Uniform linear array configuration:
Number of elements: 16
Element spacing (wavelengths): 0.5
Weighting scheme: kaiser
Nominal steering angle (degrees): -45
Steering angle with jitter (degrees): -46.67
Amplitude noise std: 0.05
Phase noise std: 0.05

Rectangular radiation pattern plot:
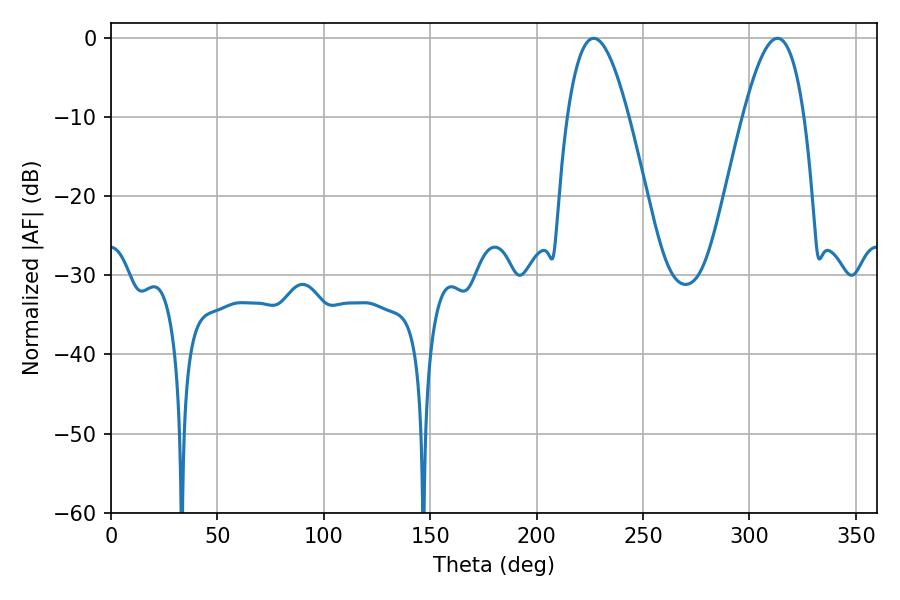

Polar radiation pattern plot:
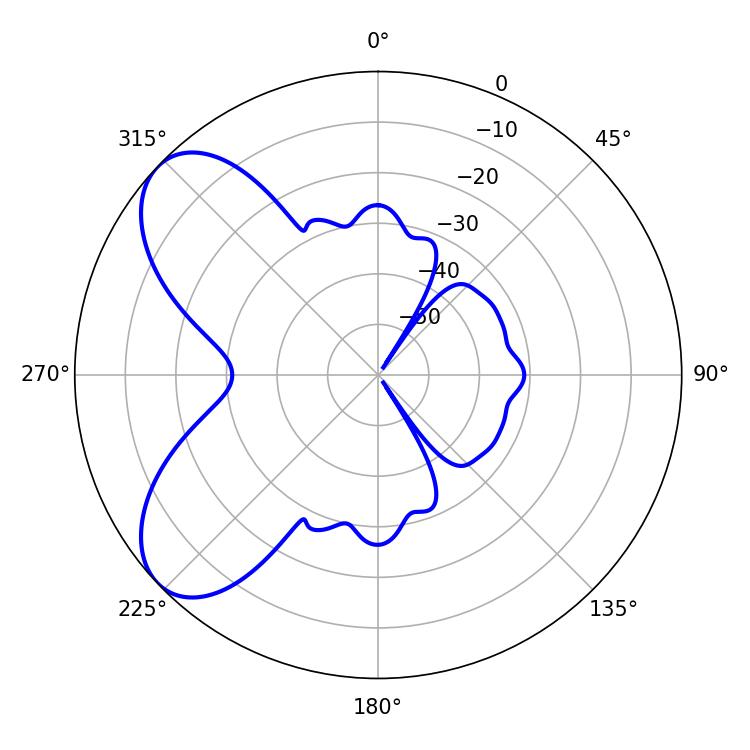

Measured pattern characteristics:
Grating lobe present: FALSE
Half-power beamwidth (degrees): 15.66
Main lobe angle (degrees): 226.8